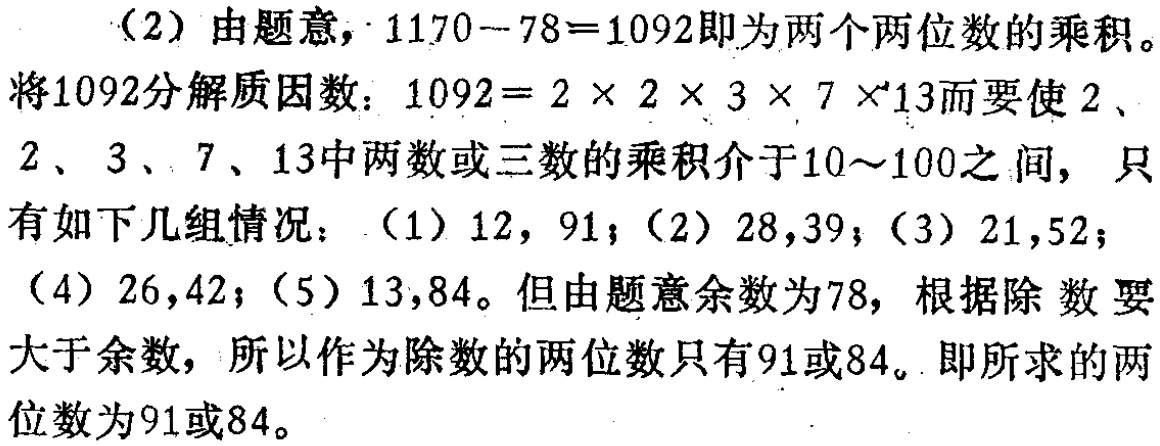
（2）由题意，\(1170 - 78 = 1092\)即为两个两位数的乘积。

将\(1092\)分解质因数：\(1092 = 2\times 2\times 3\times 7\times 13\)而要使\(2\)、\(2\)、\(3\)、\(7\)、\(13\)中两数或三数的乘积介于\(10\sim100\)之间，只有如下几组情况：（1）\(12\)，\(91\)；（2）\(28\)，\(39\)；（3）\(21\)，\(52\)；（4）\(26\)，\(42\)；（5）\(13\)，\(84\)。但由题意余数为\(78\)，根据除数要大于余数，所以作为除数的两位数只有\(91\)或\(84\)。即所求的两位数为\(91\)或\(84\)。